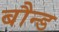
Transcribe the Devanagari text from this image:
बौन्ड